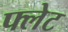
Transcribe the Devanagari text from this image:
फ्लेट